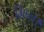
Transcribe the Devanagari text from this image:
भिन्‍न।